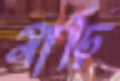
মাঢ়ি